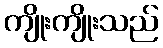
ကျိုးကျိုးသည်